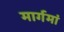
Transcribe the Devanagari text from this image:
मार्गमां